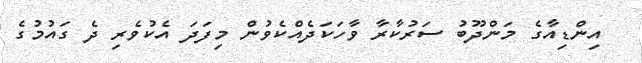
އިންޑިއާގެ މަންދޫބު ސަރުކާރާ ވާހަކަދެއްކެވުން މިފަދަ އެކުވެރި ދެ ގައުމުގެ